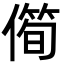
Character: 㒐